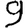
Digit: 9